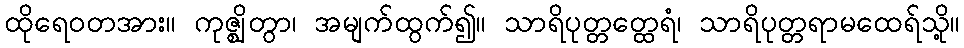
ထိုရေဝတအား။ ကုဇ္ဈိတွာ၊ အမျက်ထွက်၍။ သာရိပုတ္တတ္ထေရံ၊ သာရိပုတ္တရာမထေရ်သို့။